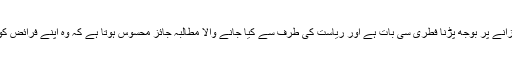
ایسے میں ریاست کے خزانے پر بوجھ پڑنا فطری سی بات ہے اور ریاست کی طرف سے کیا جانے والا مطالبہ جائز محسوس ہوتا ہے کہ وہ اپنے فرائض کو بہ احسن پورا کر سکے۔